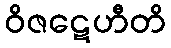
ဝိဇဋေဟီတိ